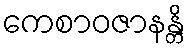
ကေစာဝဇာနန္တိ